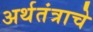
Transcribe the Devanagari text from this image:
अर्थतंत्राचे